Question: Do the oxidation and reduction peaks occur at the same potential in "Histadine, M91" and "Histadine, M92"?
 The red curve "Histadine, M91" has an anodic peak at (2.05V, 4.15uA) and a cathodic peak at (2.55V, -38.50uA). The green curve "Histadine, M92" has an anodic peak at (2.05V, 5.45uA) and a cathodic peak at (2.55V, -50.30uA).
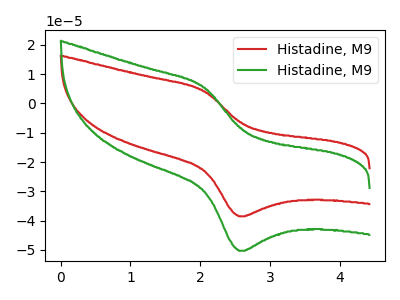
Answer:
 <answer>Yes, "Histadine, M91" have a peak in "Histadine, M92" at the same potential.</answer>
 <eval>match</eval>